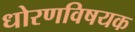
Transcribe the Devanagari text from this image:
धोरणविषयक